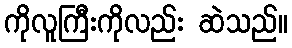
ကိုလူကြီးကိုလည်း ဆဲသည်။